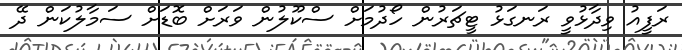
ރަފީއު ވިދާޅުވީ ރަނގަޅު ޓީޗަރުން ހޯދުމަށް ސްކޫލުން ވަރަށް ބޮޑަށް ސަމާލުކަން ދޭ